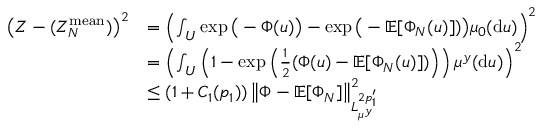
\begin{array} { r l } { \left( Z - ( Z _ { N } ^ { \mathrm { m e a n } } ) \right) ^ { 2 } } & { = \left( \int _ { U } \exp \big ( - \Phi ( u ) \big ) - \exp \big ( - \mathbb { E } [ \Phi _ { N } ( u ) ] ) \big ) \mu _ { 0 } ( \mathrm { d } u ) \right) ^ { 2 } } \\ & { = \left( \int _ { U } \left( 1 - \exp \left( \frac { 1 } { 2 } ( \Phi ( u ) - \mathbb { E } [ \Phi _ { N } ( u ) ] ) \right) \right) \mu ^ { y } ( \mathrm { d } u ) \right) ^ { 2 } } \\ & { \leq ( 1 + C _ { 1 } ( p _ { 1 } ) ) \left\| \Phi - \mathbb { E } [ \Phi _ { N } ] \right\| _ { L _ { \mu ^ { y } } ^ { 2 p _ { 1 } ^ { \prime } } } ^ { 2 } } \end{array}